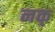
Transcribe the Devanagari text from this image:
नक्